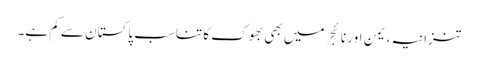
تنزانیہ، یمن اور نائجر میں بھی بھوک کا تناسب پاکستان سے کم ہے۔